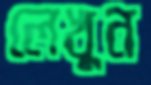
লেখুন